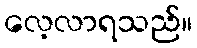
လေ့လာရသည်။